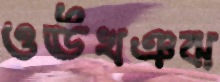
ওঊখঞঝ